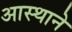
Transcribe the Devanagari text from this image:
आस्थाने